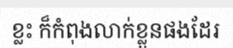
ខ្លះ ក៏កំពុងលាក់ខ្លួនផងដែរ